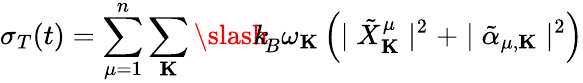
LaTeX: \sigma_{T}(t)=\sum_{\mu=1}^{n}\sum_{\mathbf K}{\slash\! \! \! k}_{\! {B}}\omega_{\mathbf K}\left(\mid{\tilde{X}}_{\mathbf K}^{\mu}\mid^{2}+\mid{\tilde{\alpha}}_{\mu,{\mathbf K}}\mid^{2}\right)